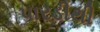
પારડીથી